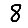
Digit: 8